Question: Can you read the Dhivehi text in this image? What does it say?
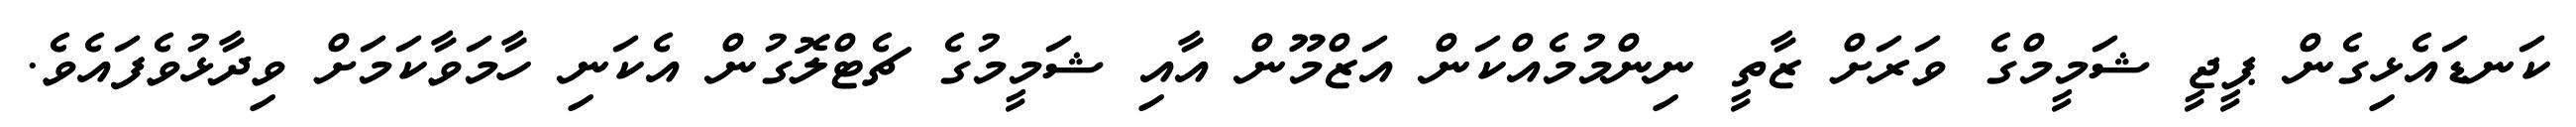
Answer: ކަނޑައެޅިގެން ޕީޖީ ޝަމީމްގެ ވަރަށް ޒާތީ ނިންމުމެއްކަން އަޒްމޫން އާއި ޝަމީމުގެ ޗެޓްލޮގުން އެކަނި ހާމަވާކަމަށް ވިދާޅުވެފައެވެ.